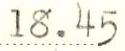
18.45